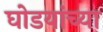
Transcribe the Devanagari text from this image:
घोडयांच्या